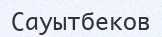
Сауытбеков